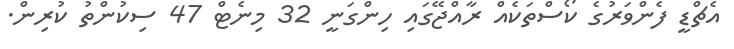
އެޗްޑީ ފެންވަރުގެ ކޯސްތަކެއް ރާއްޖޭގައި ހިންގަނީ 32 މިނެޓް 47 ސިކުންތު ކުރިން.